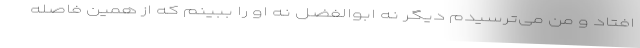
افتاد و من می‌ترسیدم دیگر نه ابوالفضل نه او را ببینم که از همین فاصله